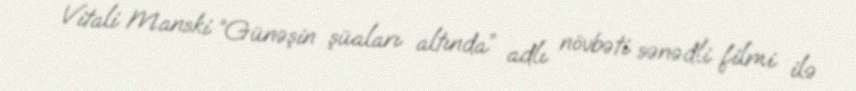
Vitali Manski “Günəşin şüaları altında” adlı növbəti sənədli filmi ilə